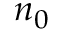
n _ { 0 }